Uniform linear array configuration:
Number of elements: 24
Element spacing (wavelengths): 0.25
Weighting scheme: blackman
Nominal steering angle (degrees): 45
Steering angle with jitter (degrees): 43.688
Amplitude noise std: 0.05
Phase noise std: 0.05

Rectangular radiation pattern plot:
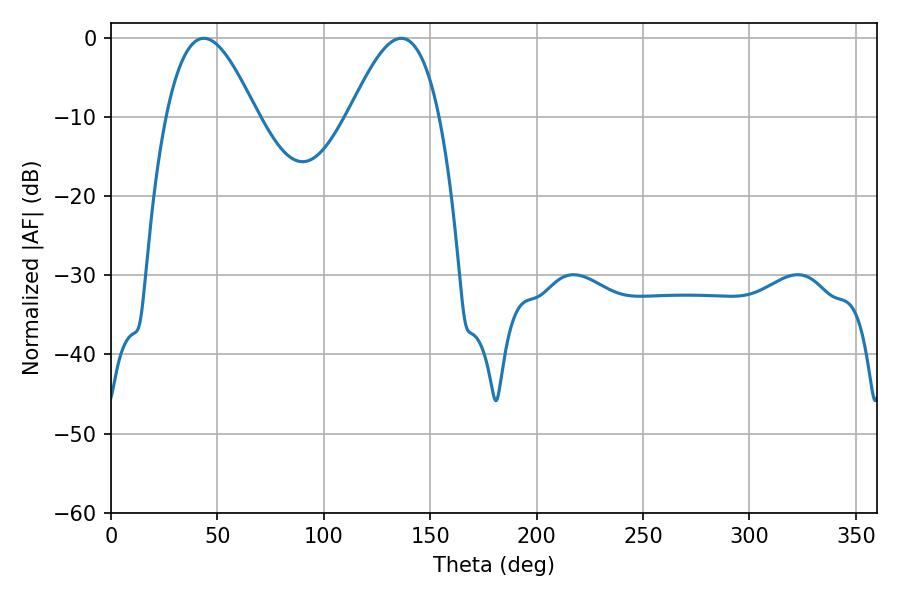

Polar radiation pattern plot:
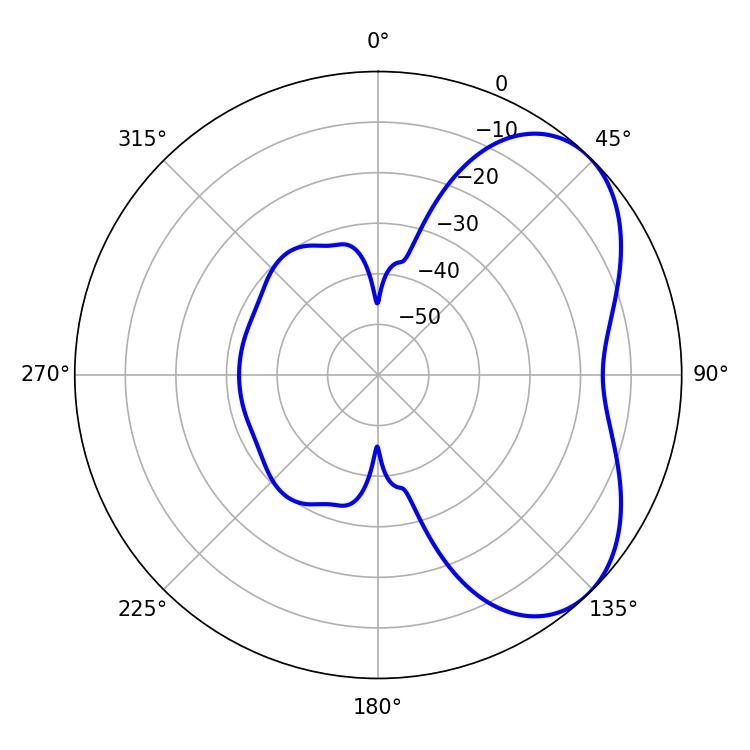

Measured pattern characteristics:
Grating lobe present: FALSE
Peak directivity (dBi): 4.979
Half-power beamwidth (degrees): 22.86
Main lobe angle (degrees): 43.56